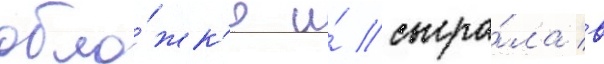
обло́жк'е и́ сыгра́ла в